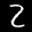
Label: 2